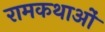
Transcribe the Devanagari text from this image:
रामकथाओं